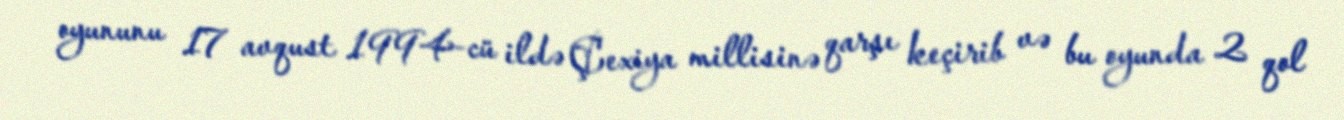
oyununu 17 avqust 1994-cü ildə Çexiya millisinə qarşı keçirib və bu oyunda 2 qol